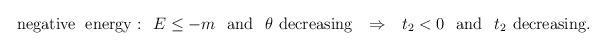
LaTeX: \begin{align*} {\mathrm{negative}} \hspace{0.25 cm} {\mathrm{energy:}} \hspace{0.3 cm} E \leq -m \hspace{0.3 cm} {\mathrm{and}} \hspace{0.3 cm} \theta \hspace{0.15 cm} {\mathrm{decreasing}} \hspace{0.3cm} \Rightarrow \hspace{0.3cm} t_{2} < 0 \hspace{0.3 cm}{\mathrm{and}} \hspace{0.3 cm} t_{2} \hspace{0.15 cm} {\mathrm{decreasing}} .\end{align*}